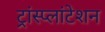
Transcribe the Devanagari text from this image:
ट्रांस्प्लांटेशन